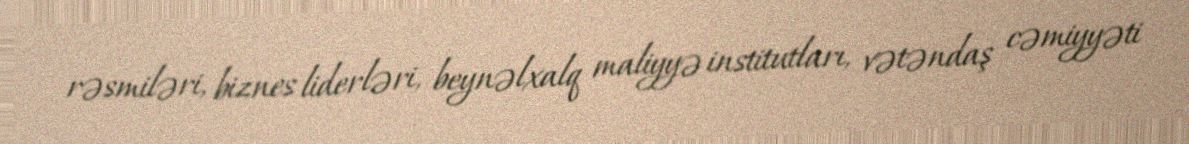
rəsmiləri, biznes liderləri, beynəlxalq maliyyə institutları, vətəndaş cəmiyyəti